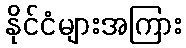
နိုင်ငံများအကြား